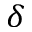
\delta